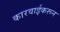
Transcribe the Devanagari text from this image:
कारवाईकरून